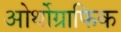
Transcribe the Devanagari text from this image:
ओर्थोग्राफिक